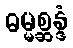
ဓမ္မစ္ဆန္ဒံ